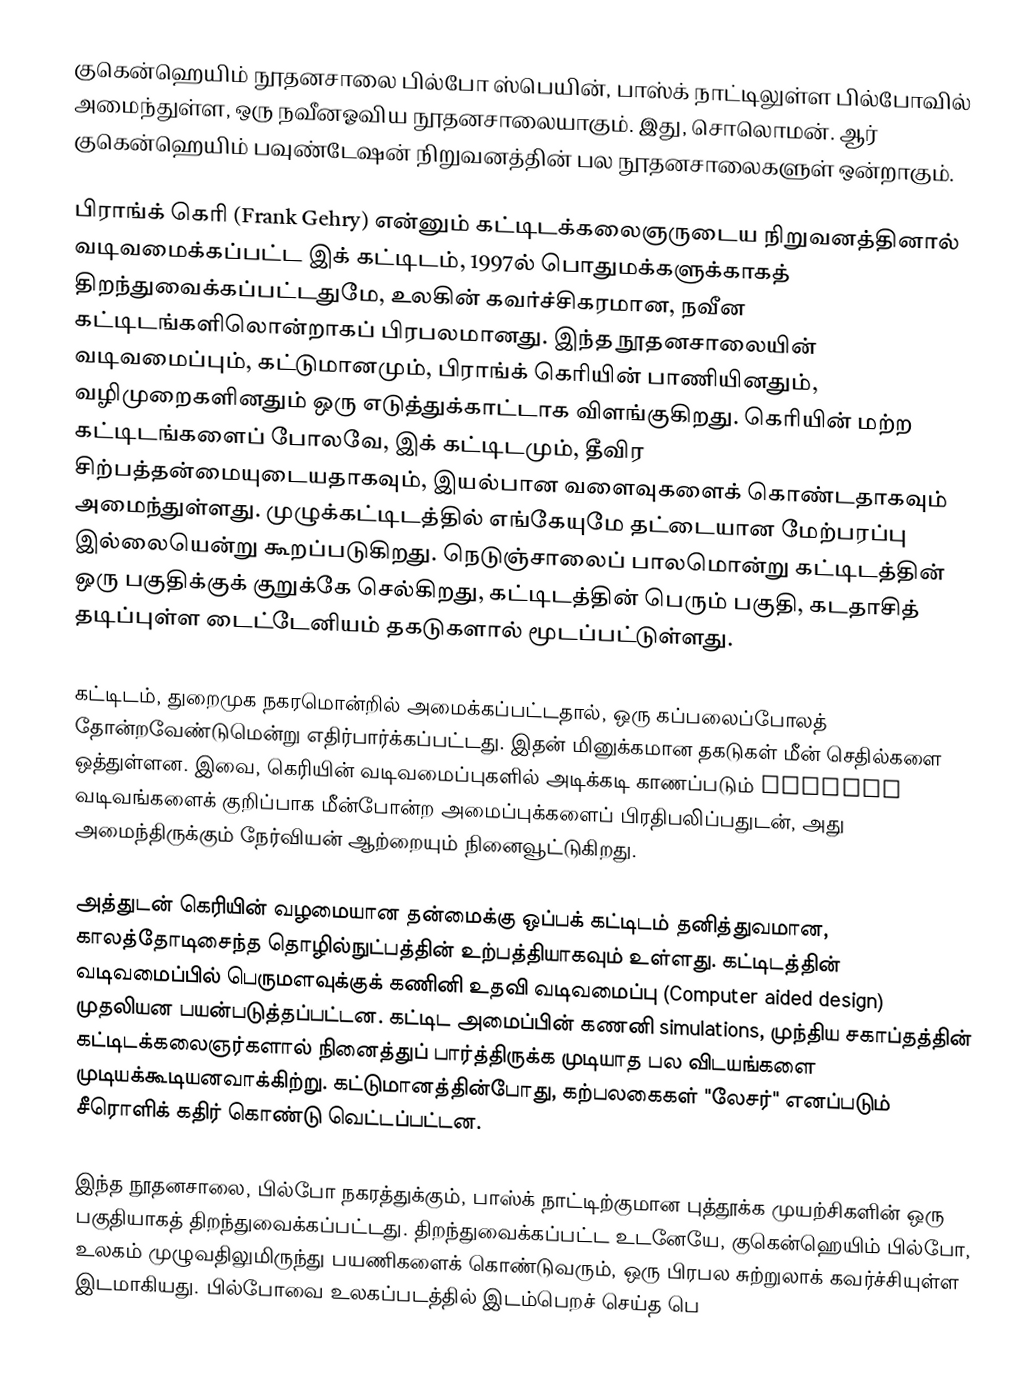
குகென்ஹெயிம் நூதனசாலை பில்போ ஸ்பெயின், பாஸ்க் நாட்டிலுள்ள பில்போவில் அமைந்துள்ள, ஒரு நவீனஓவிய நூதனசாலையாகும். இது, சொலொமன். ஆர் குகென்ஹெயிம் பவுண்டேஷன் நிறுவனத்தின் பல நூதனசாலைகளுள் ஒன்றாகும்.

பிராங்க் கெரி (Frank Gehry) என்னும் கட்டிடக்கலைஞருடைய நிறுவனத்தினால் வடிவமைக்கப்பட்ட இக் கட்டிடம், 1997ல் பொதுமக்களுக்காகத் திறந்துவைக்கப்பட்டதுமே, உலகின் கவர்ச்சிகரமான, நவீன கட்டிடங்களிலொன்றாகப் பிரபலமானது. இந்த நூதனசாலையின் வடிவமைப்பும், கட்டுமானமும், பிராங்க் கெரியின் பாணியினதும், வழிமுறைகளினதும் ஒரு எடுத்துக்காட்டாக விளங்குகிறது. கெரியின் மற்ற கட்டிடங்களைப் போலவே, இக் கட்டிடமும், தீவிர சிற்பத்தன்மையுடையதாகவும், இயல்பான வளைவுகளைக் கொண்டதாகவும் அமைந்துள்ளது. முழுக்கட்டிடத்தில் எங்கேயுமே தட்டையான மேற்பரப்பு இல்லையென்று கூறப்படுகிறது. நெடுஞ்சாலைப் பாலமொன்று கட்டிடத்தின் ஒரு பகுதிக்குக் குறுக்கே செல்கிறது, கட்டிடத்தின் பெரும் பகுதி, கடதாசித் தடிப்புள்ள டைட்டேனியம் தகடுகளால் மூடப்பட்டுள்ளது.

கட்டிடம், துறைமுக நகரமொன்றில் அமைக்கப்பட்டதால், ஒரு கப்பலைப்போலத் தோன்றவேண்டுமென்று எதிர்பார்க்கப்பட்டது. இதன் மினுக்கமான தகடுகள் மீன் செதில்களை ஒத்துள்ளன. இவை, கெரியின் வடிவமைப்புகளில் அடிக்கடி காணப்படும் organic வடிவங்களைக் குறிப்பாக மீன்போன்ற அமைப்புக்களைப் பிரதிபலிப்பதுடன், அது அமைந்திருக்கும் நேர்வியன் ஆற்றையும் நினைவூட்டுகிறது.

அத்துடன் கெரியின் வழமையான தன்மைக்கு ஒப்பக் கட்டிடம் தனித்துவமான, காலத்தோடிசைந்த தொழில்நுட்பத்தின் உற்பத்தியாகவும் உள்ளது. கட்டிடத்தின் வடிவமைப்பில் பெருமளவுக்குக் கணினி உதவி வடிவமைப்பு (Computer aided design) முதலியன பயன்படுத்தப்பட்டன. கட்டிட அமைப்பின் கணனி simulations, முந்திய சகாப்தத்தின் கட்டிடக்கலைஞர்களால் நினைத்துப் பார்த்திருக்க முடியாத பல விடயங்களை முடியக்கூடியனவாக்கிற்று. கட்டுமானத்தின்போது, கற்பலகைகள் "லேசர்" எனப்படும் சீரொளிக் கதிர் கொண்டு வெட்டப்பட்டன.

இந்த நூதனசாலை, பில்போ நகரத்துக்கும், பாஸ்க் நாட்டிற்குமான புத்தூக்க முயற்சிகளின் ஒரு பகுதியாகத் திறந்துவைக்கப்பட்டது. திறந்துவைக்கப்பட்ட உடனேயே, குகென்ஹெயிம் பில்போ, உலகம் முழுவதிலுமிருந்து பயணிகளைக் கொண்டுவரும், ஒரு பிரபல சுற்றுலாக் கவர்ச்சியுள்ள இடமாகியது. பில்போவை உலகப்படத்தில் இடம்பெறச் செய்த பெ